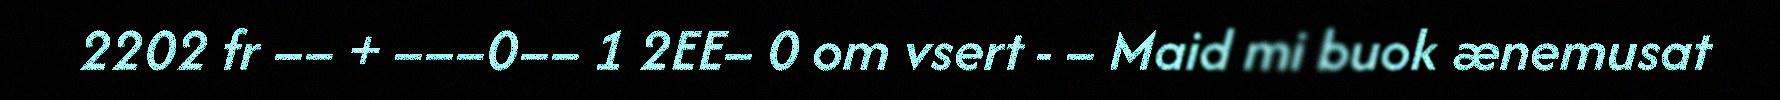
2202 fr –– + –––0–– 1 2EE– 0 om vsert - – Maid mi buok ænemusat